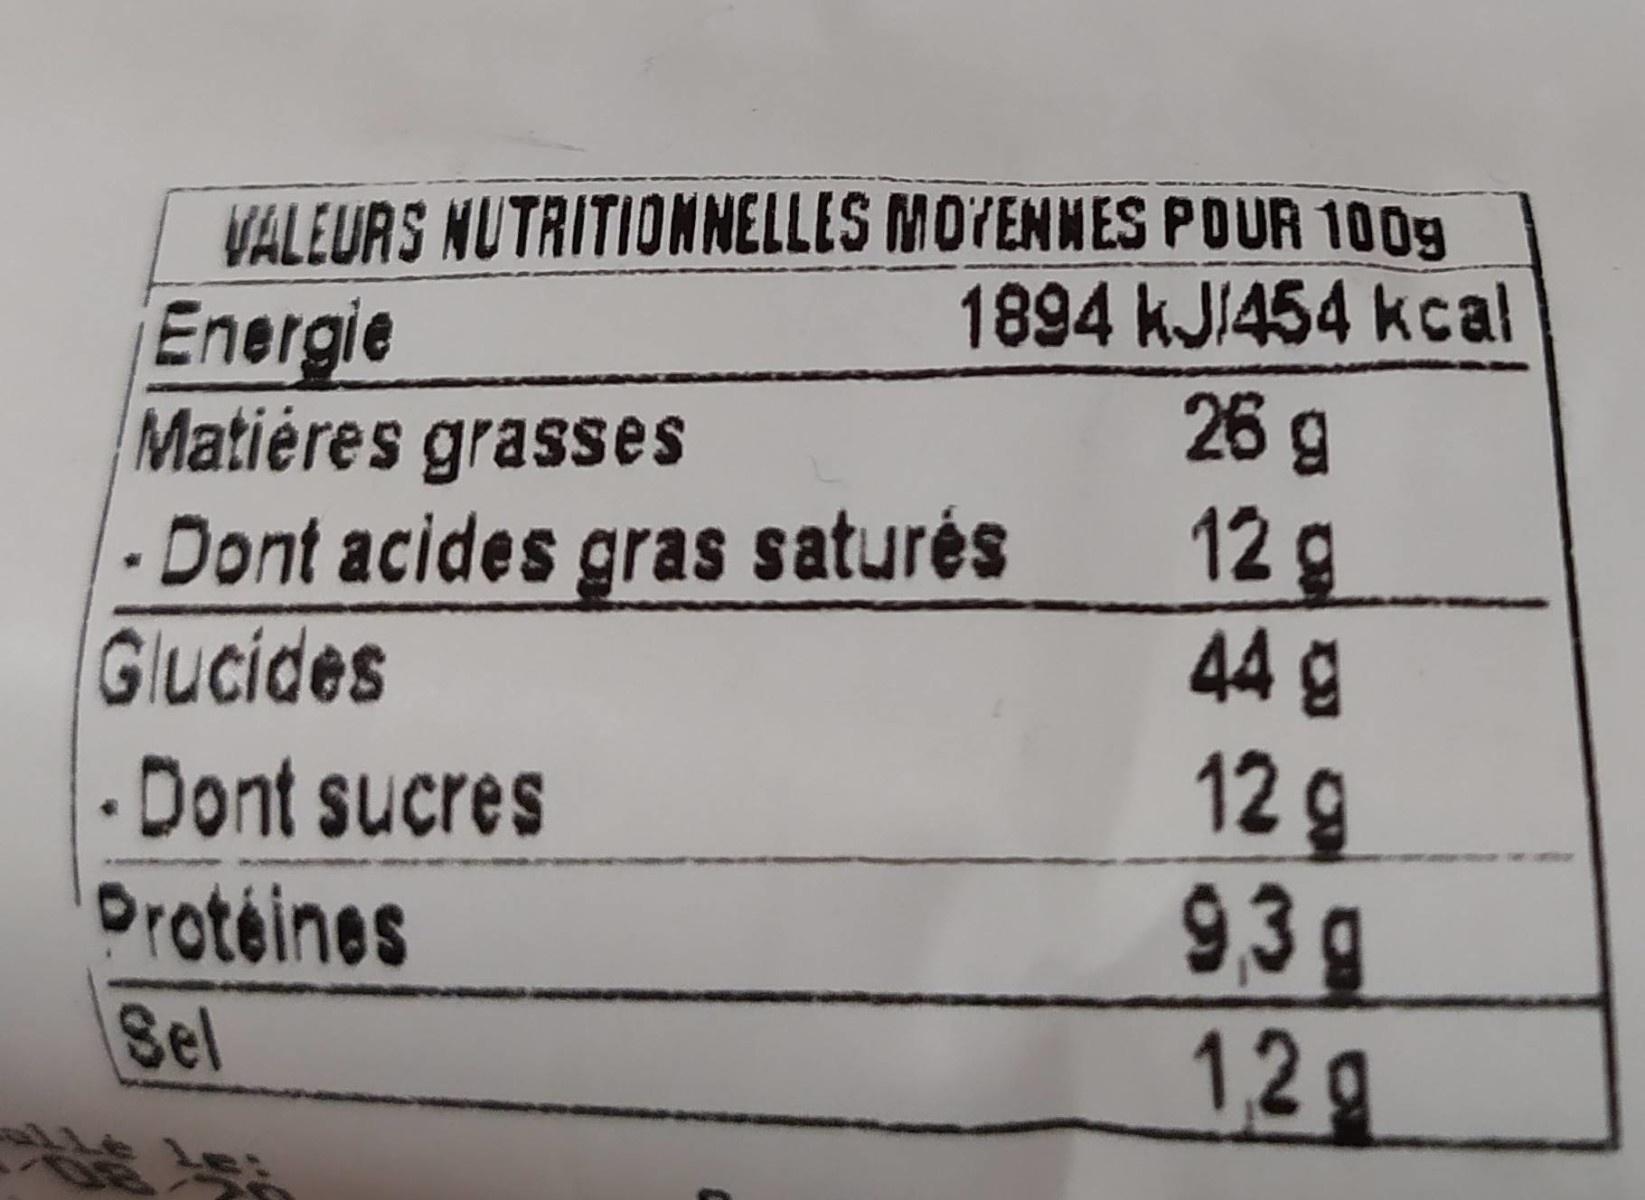
VALEURS NUTRITIONNELLES MOYENNES POUR 1009
1894 kJ/454 kcal 26 g 12g 44g 12g 93g 12g
Energie Matiéres grasses
- Dont acides gras saturės Glucides
• Dont sucres
Protéines
Sel